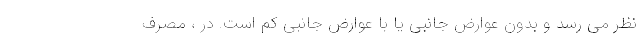
نظر می رسد و بدون عوارض جانبی یا با عوارض جانبی کم است. در ، مصرف